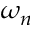
\omega _ { n }